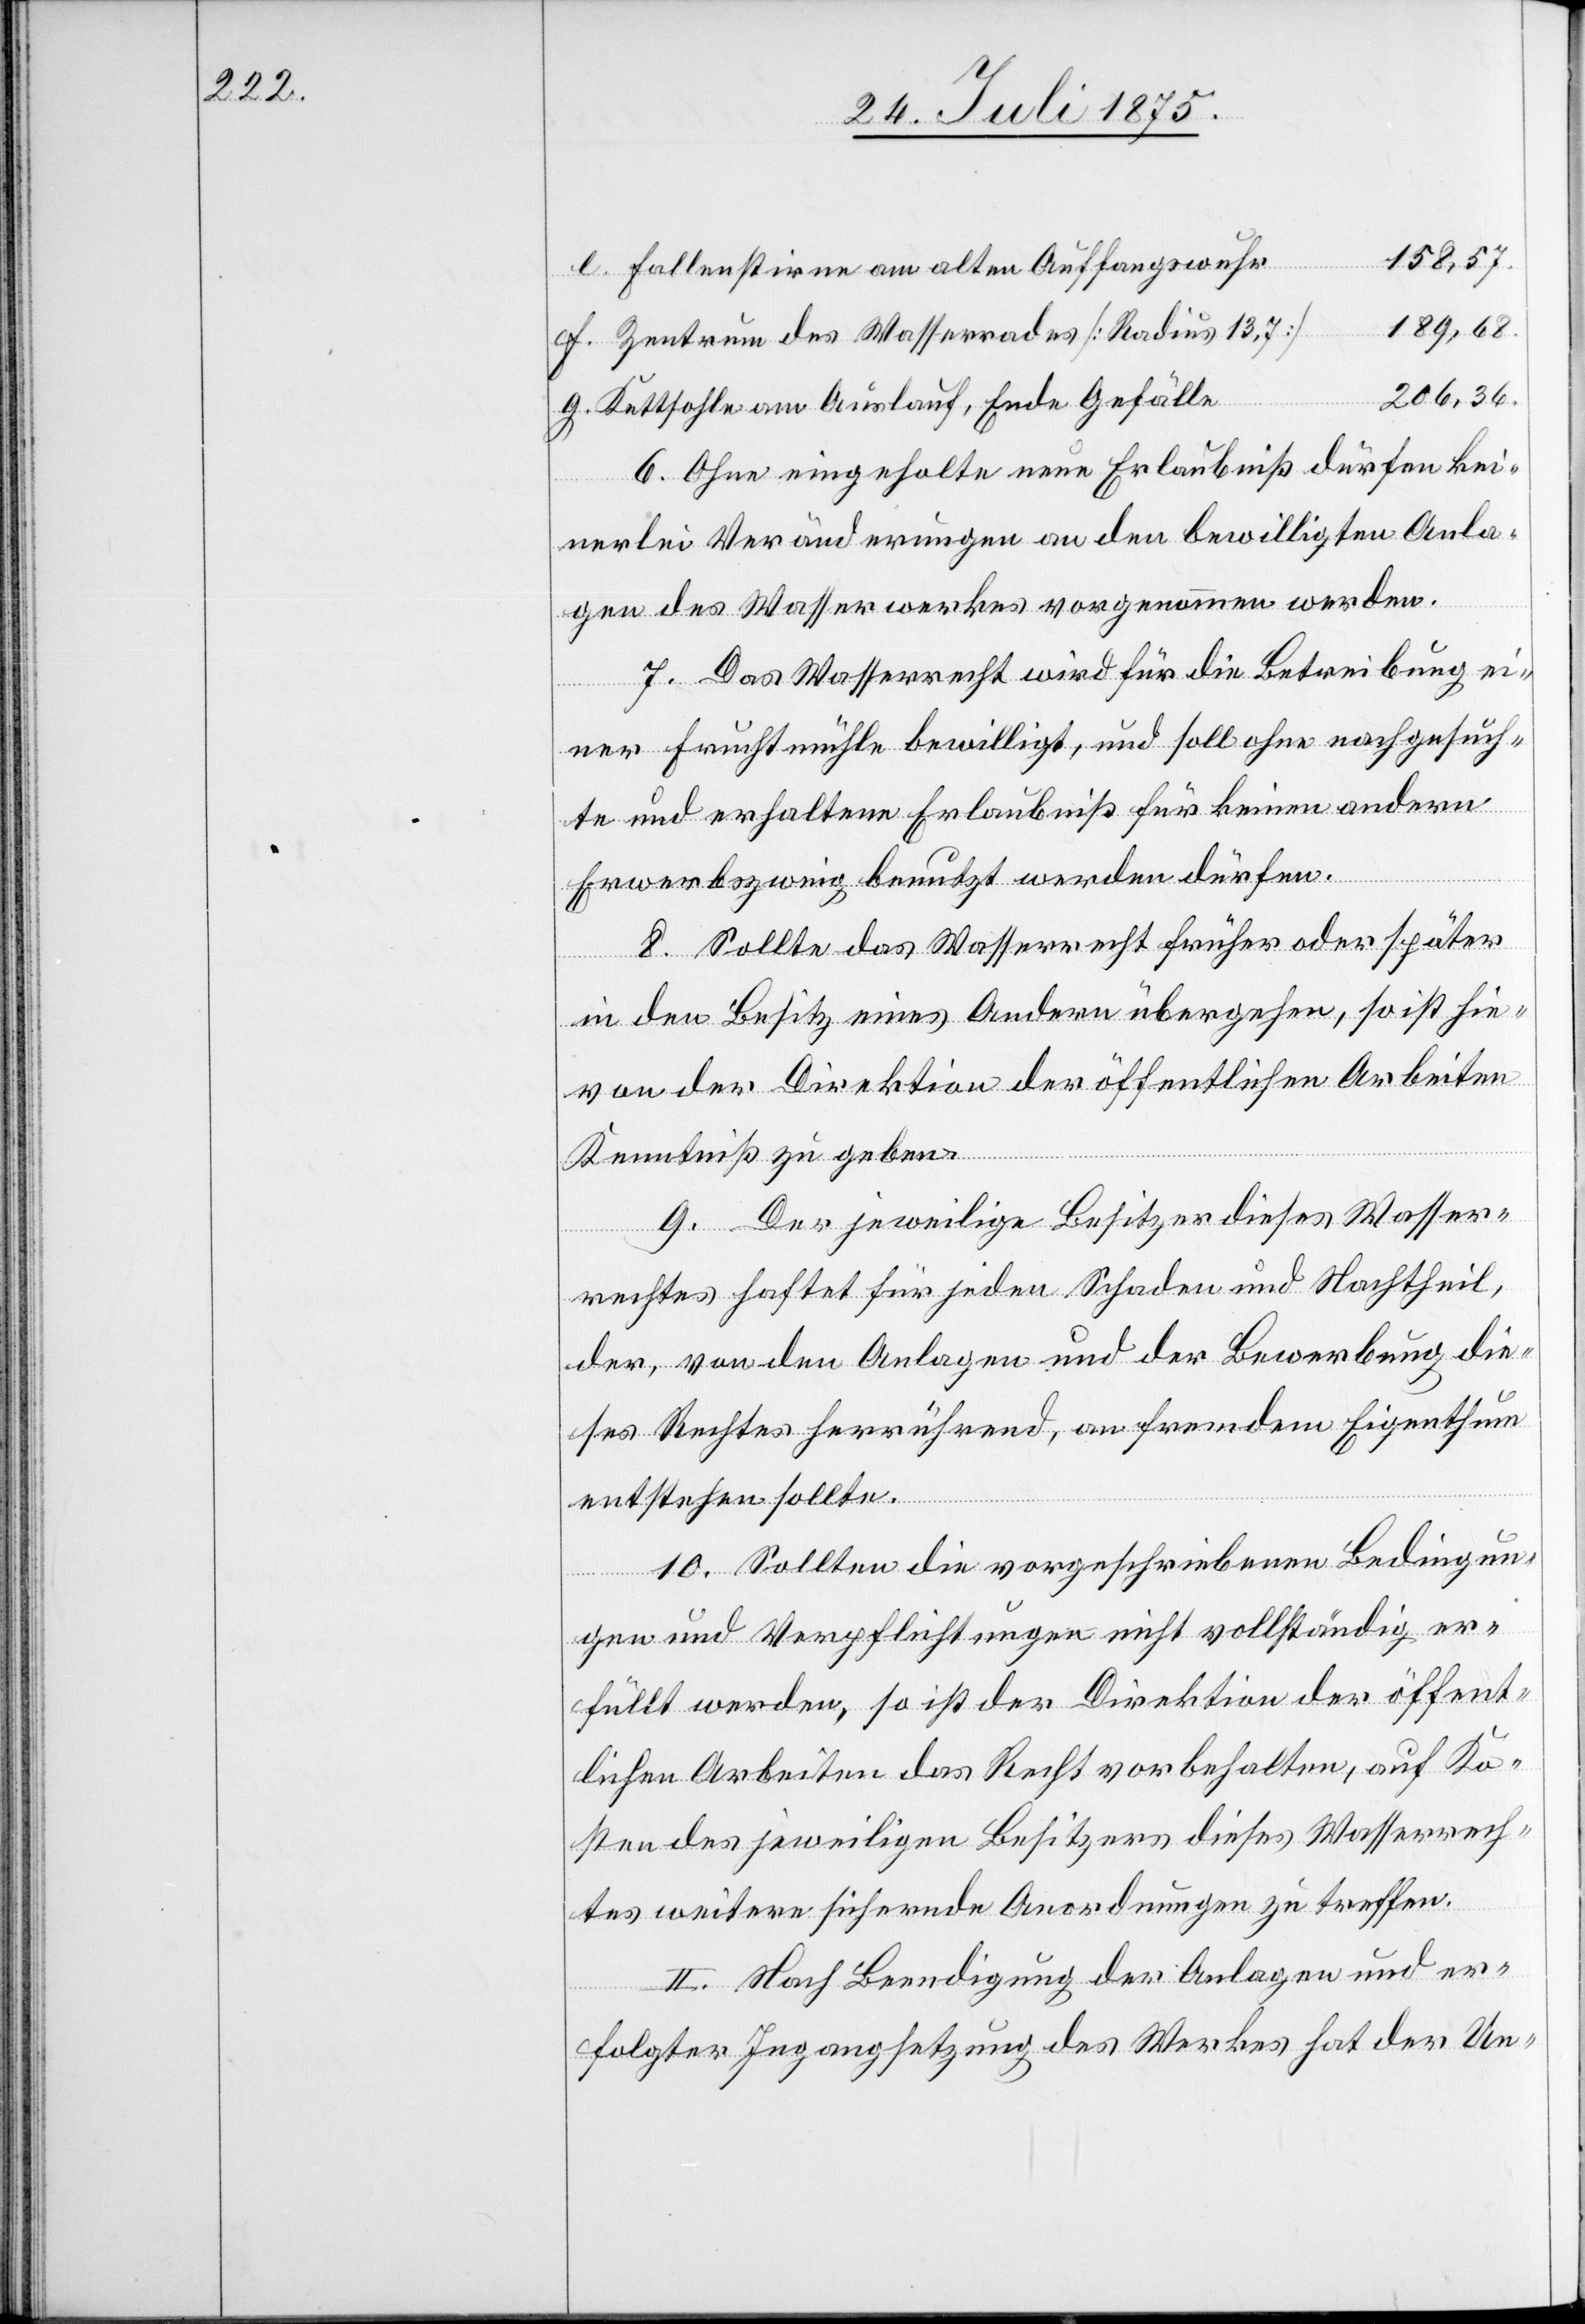
158,57.
Fallenstirne am alten Auffangswuhr
189,68.
Zentrum des Wasserrades [Radius 13,7]
206,36.
Kettsohle am Auslauf, Ende Gefälle
6. Ohne eingeholte neue Erlaubniß dürfen kei¬
nerlei Veränderungen an den bewilligten Anla¬
gen des Wasserwerkes vorgenommen werden.
7. Das Wasserrecht wird für die Betreibung ei¬
ner Fruchtmühle bewilligt, und soll ohne nachgesuch¬
te und erhaltene Erlaubniß für keinen andern
Erwerbszweig benutzt werden dürfen.
8. Sollte das Wasserrecht früher oder später
in den Besitz eines Andern übergehen, so ist hie¬
von der Direktion der öffentlichen Arbeiten
Kenntniß zu geben.
9. Der jeweilige Besitzer dieses Wasser¬
rechtes haftet für jeden Schaden und Nachtheil,
der, von den Anlagen und der Bewerbung die¬
ses Rechtes herrührend, an fremden Eigenthum
entstehen sollte.
10. Sollten die vorgeschriebenen Bedingun¬
g.
gen und Verpflichtungen nicht vollständig er¬
füllt werden, so ist der Direktion der öffent¬
lichen Arbeiten das Recht vorbehalten, auf Ko¬
sten des jeweiligen Besitzers dieses Wasserrech¬
tes weitere sichernde Anordnungen zu treffen.
II. Nach Beendigung der Anlagen und er¬
folgter Ingangsetzung des Werkes hat der Un-